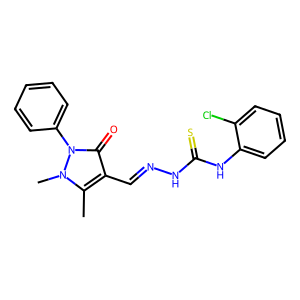
SMILES: Cc1c(C=NNC(=S)Nc2ccccc2Cl)c(=O)n(-c2ccccc2)n1C
Inhibits HIV replication: No